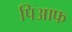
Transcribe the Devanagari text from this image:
पिआफ